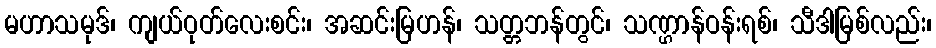
မဟာသမုဒ်၊ ကျယ်ဝုတ်လေးစင်း၊ အဆင်းမြဟန်၊ သတ္တဘန်တွင်၊ သဏ္ဌာန်ဝန်းရစ်၊ သီဒါမြစ်လည်း၊